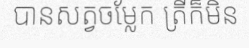
បានសត្វចម្លែក ត្រីក៏មិន